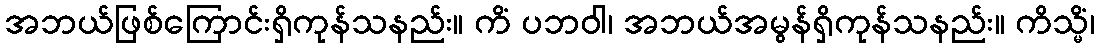
အဘယ်ဖြစ်ကြောင်းရှိကုန်သနည်း။ ကိံ ပဘဝါ၊ အဘယ်အမွန်ရှိကုန်သနည်း။ ကိသ္မိံ၊